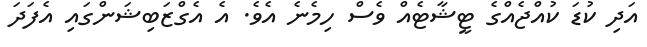
އަދި ކުޑަ ކުއްޖެއްގެ ޓީޝާޓެއް ވެސް ހިމެނެ އެވެ. އެ އެގްޒަބިޝަންގައި އެފަދަ